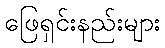
ဖြေရှင်းနည်းများ